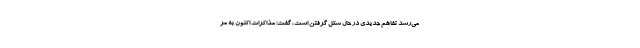
می‌رسد تفاهم جدیدی در حال شکل گرفتن است، گفت: مذاکرات اکنون به مر